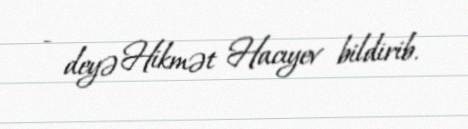
- deyə Hikmət Hacıyev bildirib.